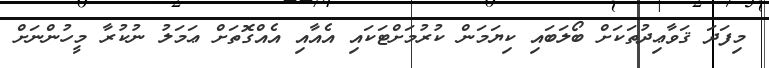
މިފަދަ ޤަވާޢިދުތަކަށް ބޯލަބައި ކިޔަމަން ކުރުމަށްޓަކައި އެއާއި އެއްގޮތަށް ޢަމަލު ނުކުރާ މީހުންނަށް